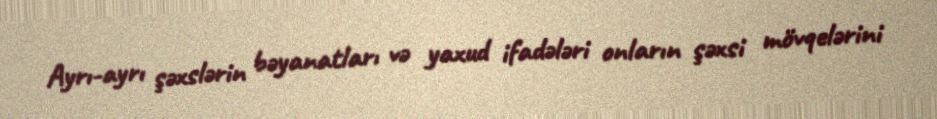
Ayrı-ayrı şəxslərin bəyanatları və yaxud ifadələri onların şəxsi mövqelərini